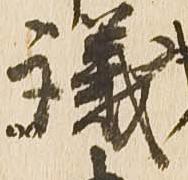
議